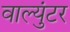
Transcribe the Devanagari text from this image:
वाल्युंटर